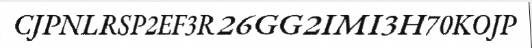
CJPNLRSP2EF3R26GG2IMI3H70KOJP